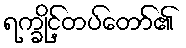
ရက္ခိုင့်တပ်တော်၏